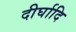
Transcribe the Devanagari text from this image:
दीर्घादि